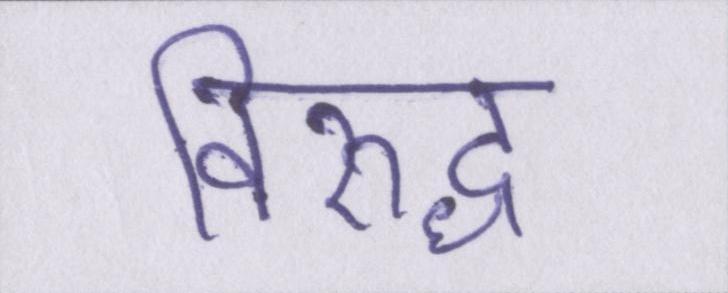
विरुद्ध